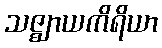
သဇ္ဈာယကိရိယာ